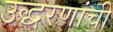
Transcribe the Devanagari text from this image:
उद्धरणांची